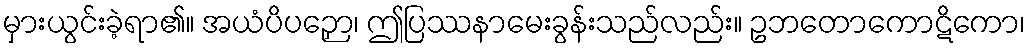
မှားယွင်းခဲ့ရာ၏။ အယံပိပဉှော၊ ဤပြဿနာမေးခွန်းသည်လည်း။ ဥဘတောကောဋိကော၊